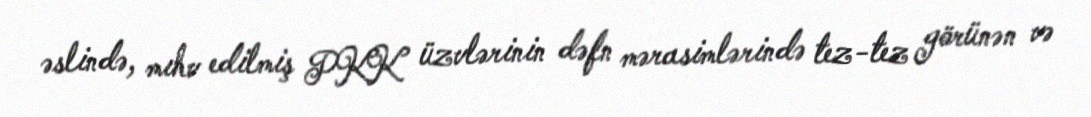
əslində, mıhv edilmiş PKK üzvlərinin dəfn mərasimlərində tez-tez görünən və